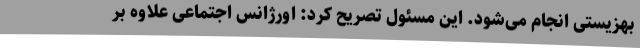
بهزیستی انجام می‌شود. این مسئول تصریح کرد: اورژانس اجتماعی علاوه بر